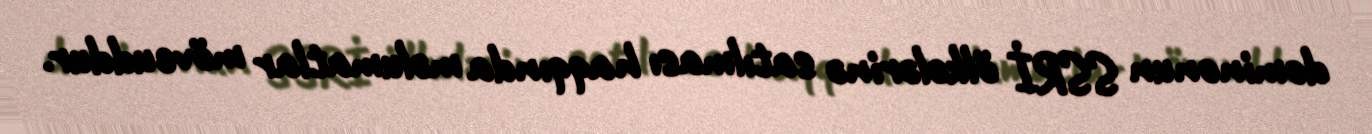
dominonun SSRİ ölkələrinə satılması haqqında məlumatlar mövcuddur.